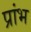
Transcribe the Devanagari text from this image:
प्रांभ